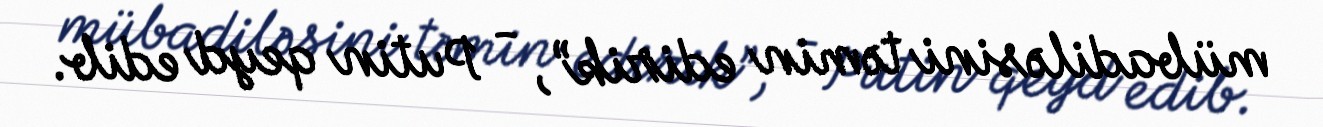
mübadiləsini təmin edirik”, - Putin qeyd edib.